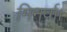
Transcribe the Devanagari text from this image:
मिनर्वा।